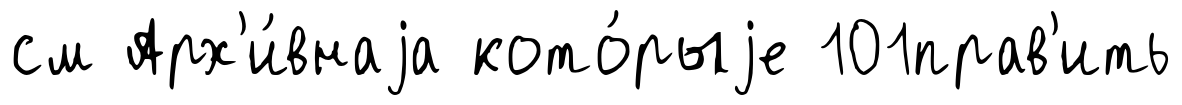
см Арх'и́внаjа кото́рыjе 101прав'ить